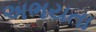
અભયતા